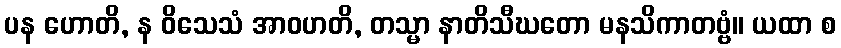
ပန ဟောတိ, န ဝိသေသံ အာဝဟတိ, တသ္မာ နာတိသီဃတော မနသိကာတဗ္ဗံ။ ယထာ စ